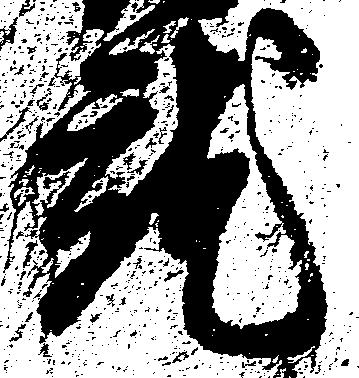
就